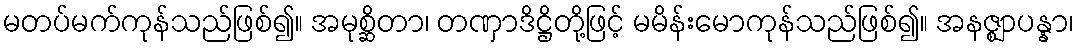
မတပ်မက်ကုန်သည်ဖြစ်၍။ အမုစ္ဆိတာ၊ တဏှာဒိဋ္ဌိတို့ဖြင့် မမိန်းမောကုန်သည်ဖြစ်၍။ အနဇ္ဈာပန္နာ၊